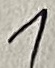
Text: 1